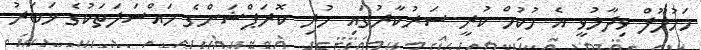
މަހުލޫފް ވިދާޅުވީ އެ ހުކުމް ކުރީ ސަރުކާރުގައި ހުރި ކޮރަޕްޝަންގެ މައްސަލަތަކުގެ ޚަބަރު